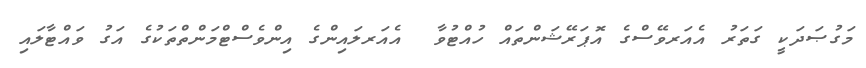
މަގުޞަދަކީ ގަތަރު އެއަރވޭސްގެ އޮޕަރޭޝަންތައް ހުއްޓުވާ  އެއަރލައިންގެ އިންވެސްޓްމަންތްތަކުގެ އަގު ވައްޓާލައި